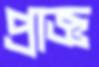
প্রাজ্ঞ